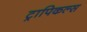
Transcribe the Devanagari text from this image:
ट्रापिकल्स